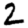
Digit: 2